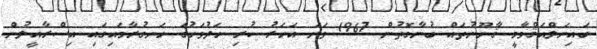
ބައިނަލްއަޤްވާމީ ޤާނޫނުތައް ބުނާގޮތުން 1967 ވަނަ އަހަރު ކުރި ހަދުވަހުގެ ހަނގުރާމައިގައި އިސްރާއީލުން